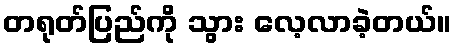
တရုတ်ပြည်ကို သွား လေ့လာခဲ့တယ်။